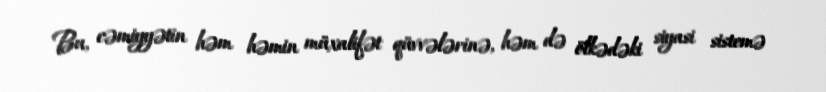
Bu, cəmiyyətin həm həmin müxalifət qüvvələrinə, həm də ölkədəki siyasi sistemə